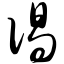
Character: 偈